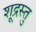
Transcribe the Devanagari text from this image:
शूद्रस्तु